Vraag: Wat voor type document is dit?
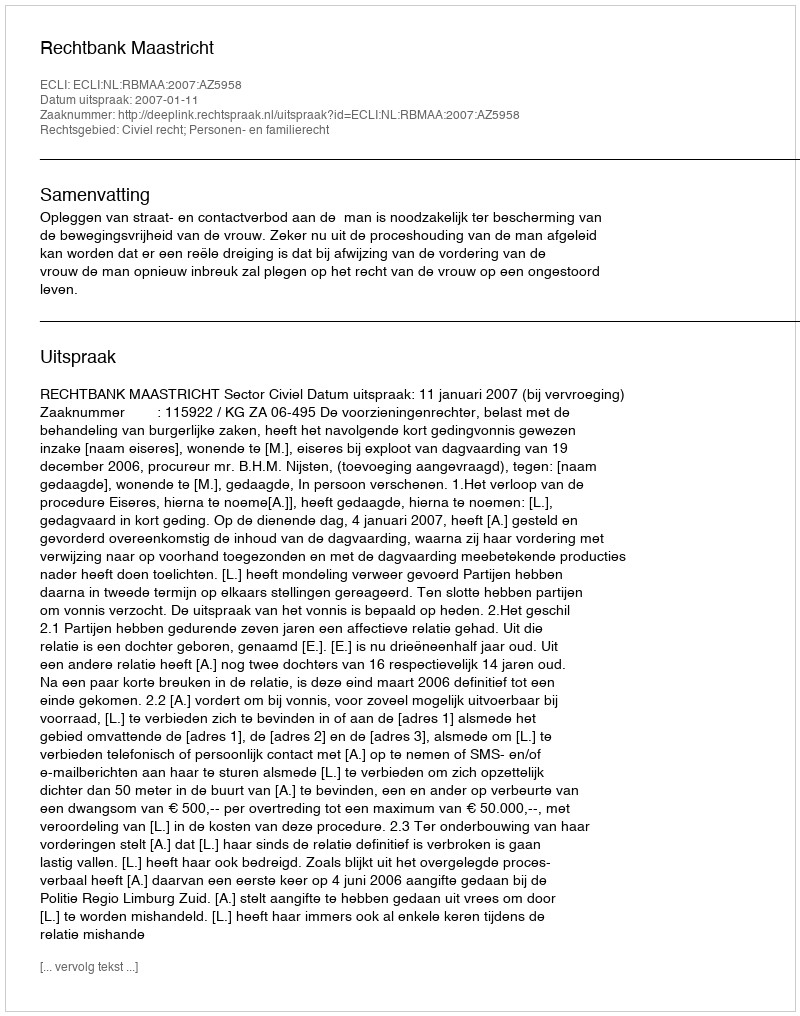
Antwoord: Uitspraak